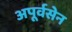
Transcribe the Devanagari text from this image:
अपूर्वसेन